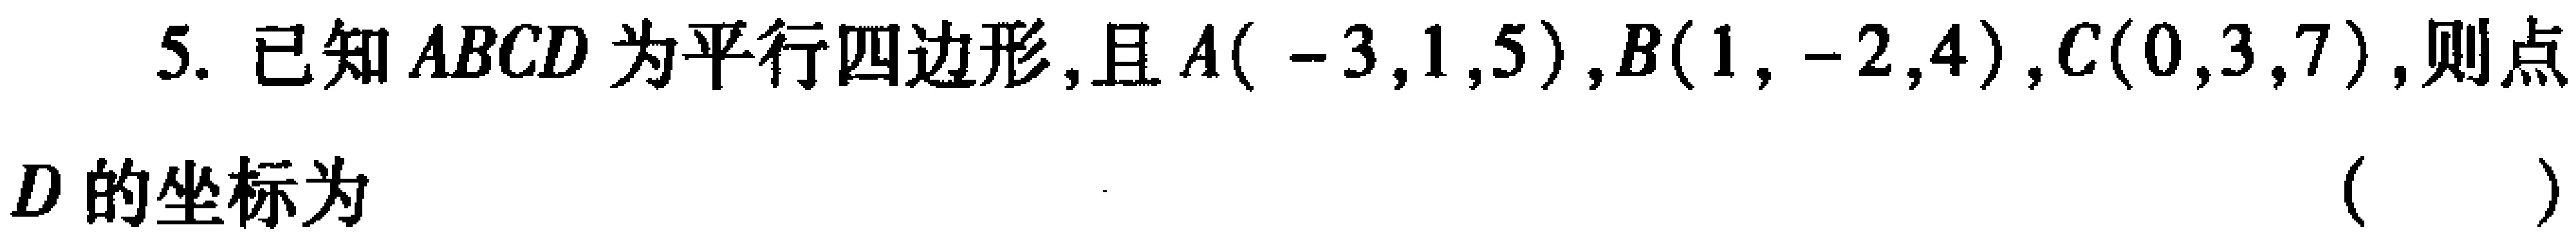
5. 已知\(ABCD\)为平行四边形，且\(A(-3,1,5)\)，\(B(1,-2,4)\)，\(C(0,3,7)\)，则点

\(D\)的坐标为 （  ）